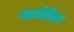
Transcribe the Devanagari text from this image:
नाभीकिय